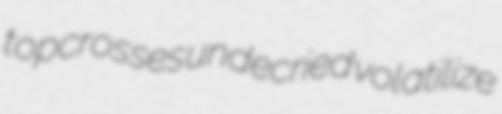
topcrosses undecried volatilize